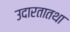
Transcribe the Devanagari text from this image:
उदारतातथा